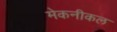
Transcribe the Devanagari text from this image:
मेकनीकल